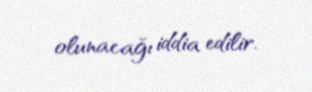
olunacağı iddia edilir.